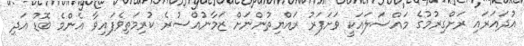
އުދައަރައި ރަށްގިރުމުގެ މައްސަލައަކީ ވަށަފަރު ރައްޔިތުންނަށް ޒަމާނުއްސުރެ ކުރިމަތިވެފައިވާ އެންމެ ބޮޑު އަދި